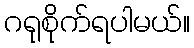
ဂရုစိုက်ရပါမယ်။